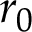
r _ { 0 }